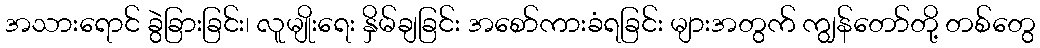
အသားရောင် ခွဲခြားခြင်း၊ လူမျိုးရေး နှိမ်ချခြင်း အစော်ကားခံရခြင်း များအတွက် ကျွန်တော်တို့ တစ်တွေ